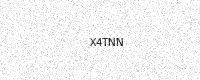
Text: X4TNN